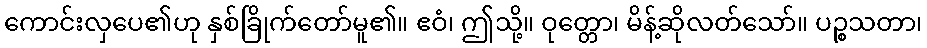
ကောင်းလှပေ၏ဟု နှစ်ခြိုက်တော်မူ၏။ ဧဝံ၊ ဤသို့။ ဝုတ္တော၊ မိန့်ဆိုလတ်သော်။ ပဉ္စသတာ၊